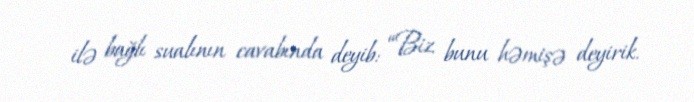
ilə bağlı sualının cavabında deyib: “Biz bunu həmişə deyirik.